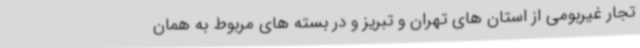
تجار غیربومی از استان های تهران و تبریز و در بسته های مربوط به همان